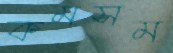
কমসম